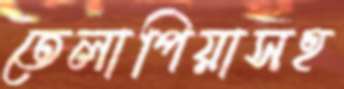
তেলাপিয়াসহ